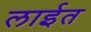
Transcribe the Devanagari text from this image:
लाईत